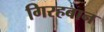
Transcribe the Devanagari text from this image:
गिरहबान